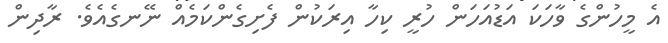
އެ މީހުންގެ ވާހަކަ އަޑުއަހަން ހުރީ ކިހާ އިރަކުން ފެށިގެންކަމެއް ނޭނގެއެވެ. ރާދިން